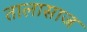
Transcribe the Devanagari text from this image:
तालासाज